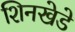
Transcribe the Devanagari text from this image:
शिनखेडे